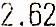
2.62